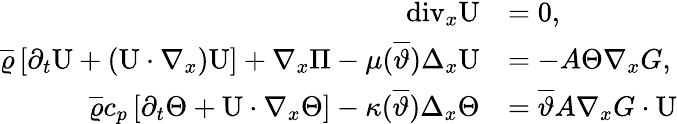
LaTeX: \begin{array}{rl}{\mathrm{div}_{x}\textbf{\textup{U}}}&{=0,}\\ {\overline{{\varrho}}\left[\partial_{t}\textbf{\textup{U}}+(\textbf{\textup{U}}\cdot\nabla_{x})\textbf{\textup{U}}\right]+\nabla_{x}\Pi-\mu(\overline{{\vartheta}})\Delta_{x}\textbf{\textup{U}}}&{=-A\Theta\nabla_{x}G,}\\ {\overline{{\varrho}}c_{p}\left[\partial_{t}\Theta+\textbf{\textup{U}}\cdot\nabla_{x}\Theta\right]-\kappa(\overline{{\vartheta}})\Delta_{x}\Theta}&{=\overline{{\vartheta}}A\nabla_{x}G\cdot\textbf{\textup{U}}}\end{array}